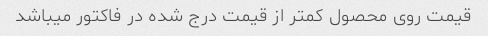
قیمت روی محصول کمتر از قیمت درج شده در فاکتور میباشد